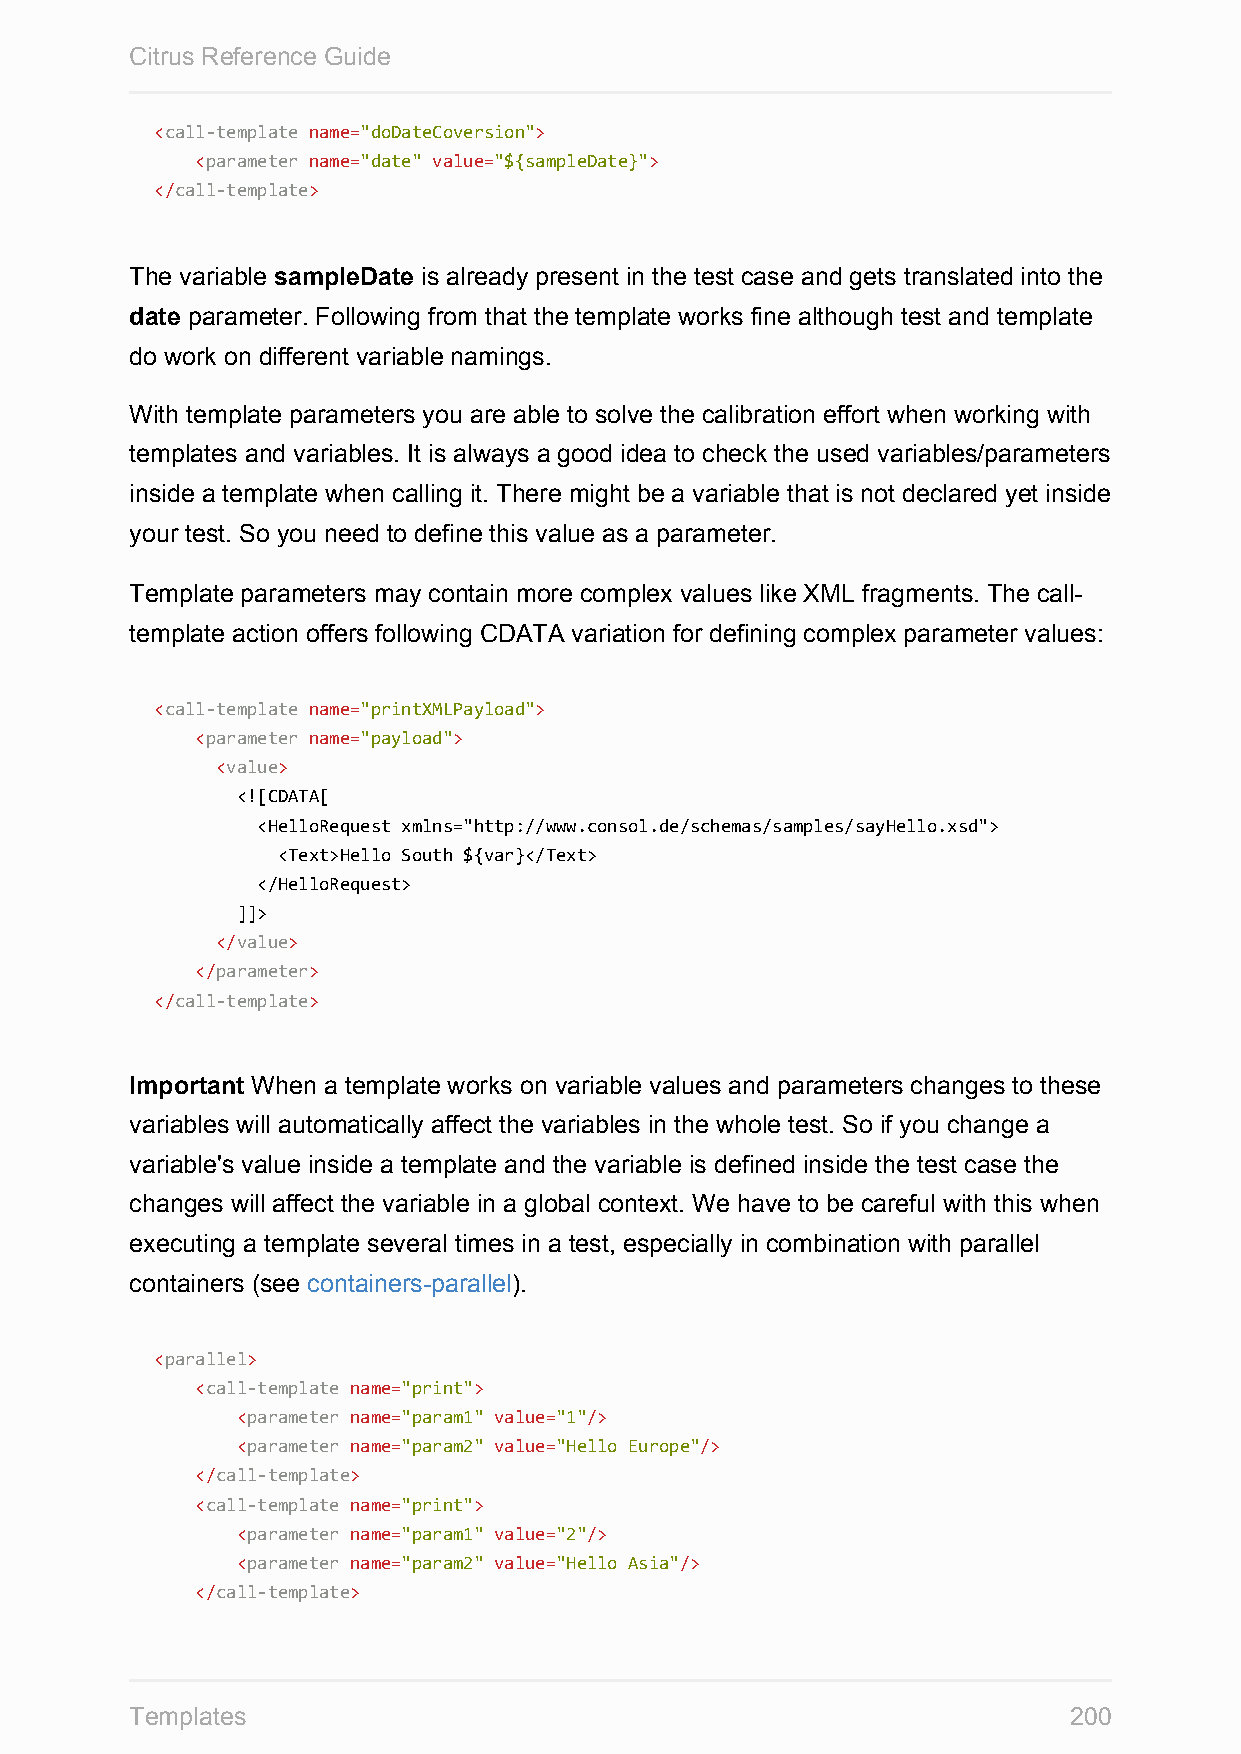
Citrus Reference Guide
 <call-template name="doDateCoversion">
 <parameter name="date" value="${sampleDate}">
 </call-template>
 The variable sampleDate is already present in the test case and gets translated into the
 date parameter. Following from that the template works fine although test and template
 do work on different variable namings.
 With template parameters you are able to solve the calibration effort when working with
 templates and variables. It is always a good idea to check the used variables/parameters
 inside a template when calling it. There might be a variable that is not declared yet inside
 your test. So you need to define this value as a parameter.
 Template parameters may contain more complex values like XML fragments. The call-
 template action offers following CDATA variation for defining complex parameter values:
 <call-template name="printXMLPayload">
 <parameter name="payload">
 <value>
 <![CDATA[
 <HelloRequest xmlns="http://www.consol.de/schemas/samples/sayHello.xsd">
 <Text>Hello South ${var}</Text>
 </HelloRequest>
 ]]>
 </value>
 </parameter>
 </call-template>
 Important When a template works on variable values and parameters changes to these
 variables will automatically affect the variables in the whole test. So if you change a
 variable's value inside a template and the variable is defined inside the test case the
 changes will affect the variable in a global context. We have to be careful with this when
 executing a template several times in a test, especially in combination with parallel
 containers (see containers-parallel).
 <parallel>
 <call-template name="print">
 <parameter name="param1" value="1"/>
 <parameter name="param2" value="Hello Europe"/>
 </call-template>
 <call-template name="print">
 <parameter name="param1" value="2"/>
 <parameter name="param2" value="Hello Asia"/>
 </call-template>
 Templates                                                     200